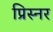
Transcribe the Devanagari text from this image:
प्रिस्नर